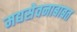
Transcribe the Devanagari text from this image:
मद्यसेवनाबाबत